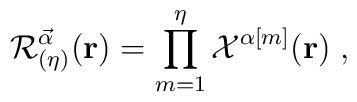
{\cal{R}}^{\vec{\alpha}}_{(\eta)}({\bf{r}})=\prod_{m=1}^\eta{\cal{X}}^{\alpha[m]}({\bf{r}})\;,